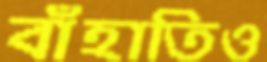
বাঁহাতিও